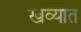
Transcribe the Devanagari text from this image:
खव्यात